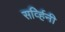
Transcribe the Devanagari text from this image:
सर्व्हिनी